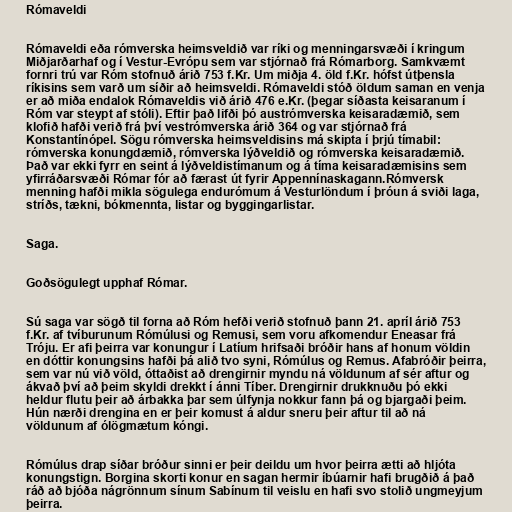
Rómaveldi

Rómaveldi eða rómverska heimsveldið var ríki og menningarsvæði í kringum
Miðjarðarhaf og í Vestur-Evrópu sem var stjórnað frá Rómarborg. Samkvæmt
fornri trú var Róm stofnuð árið 753 f.Kr. Um miðja 4. öld f.Kr. hófst útþensla
ríkisins sem varð um síðir að heimsveldi. Rómaveldi stóð öldum saman en venja
er að miða endalok Rómaveldis við árið 476 e.Kr. (þegar síðasta keisaranum í
Róm var steypt af stóli). Eftir það lifði þó austrómverska keisaradæmið, sem
klofið hafði verið frá því vestrómverska árið 364 og var stjórnað frá
Konstantínópel. Sögu rómverska heimsveldisins má skipta í þrjú tímabil:
rómverska konungdæmið, rómverska lýðveldið og rómverska keisaradæmið.
Það var ekki fyrr en seint á lýðveldistímanum og á tíma keisaradæmisins sem
yfirráðarsvæði Rómar fór að færast út fyrir Appennínaskagann.Rómversk
menning hafði mikla sögulega endurómum á Vesturlöndum í þróun á sviði laga,
stríðs, tækni, bókmennta, listar og byggingarlistar.

Saga.

Goðsögulegt upphaf Rómar.

Sú saga var sögð til forna að Róm hefði verið stofnuð þann 21. apríl árið 753
f.Kr. af tvíburunum Rómúlusi og Remusi, sem voru afkomendur Eneasar frá
Tróju. Er afi þeirra var konungur í Latíum hrifsaði bróðir hans af honum völdin
en dóttir konungsins hafði þá alið tvo syni, Rómúlus og Remus. Afabróðir þeirra,
sem var nú við völd, óttaðist að drengirnir myndu ná völdunum af sér aftur og
ákvað því að þeim skyldi drekkt í ánni Tíber. Drengirnir drukknuðu þó ekki
heldur flutu þeir að árbakka þar sem úlfynja nokkur fann þá og bjargaði þeim.
Hún nærði drengina en er þeir komust á aldur sneru þeir aftur til að ná
völdunum af ólögmætum kóngi.

Rómúlus drap síðar bróður sinni er þeir deildu um hvor þeirra ætti að hljóta
konungstign. Borgina skorti konur en sagan hermir íbúarnir hafi brugðið á það
ráð að bjóða nágrönnum sínum Sabínum til veislu en hafi svo stolið ungmeyjum
þeirra.